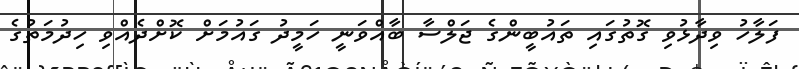
ފަލާހު ވިދާޅުވި ގޮތުގައި ތައުބީންގެ ޖަލްސާ ބާއްވަނީ ހަމީދު ގައުމަށް ކޮށްދެއްވި ހިދުމަތުގެ